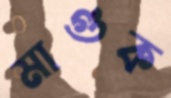
মাগুক